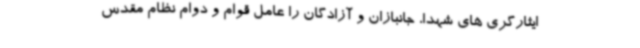
ایثارگری های شهدا، جانبازان و آزادگان را عامل قوام و دوام نظام مقدس